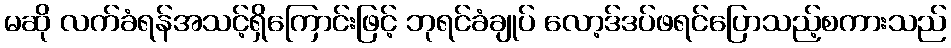
မဆို လက်ခံရန်အသင့်ရှိကြောင်းဖြင့် ဘုရင်ခံချုပ် လော့ဒ်ဒပ်ဖရင်ပြောသည့်စကားသည်